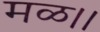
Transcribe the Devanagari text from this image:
मळ।।